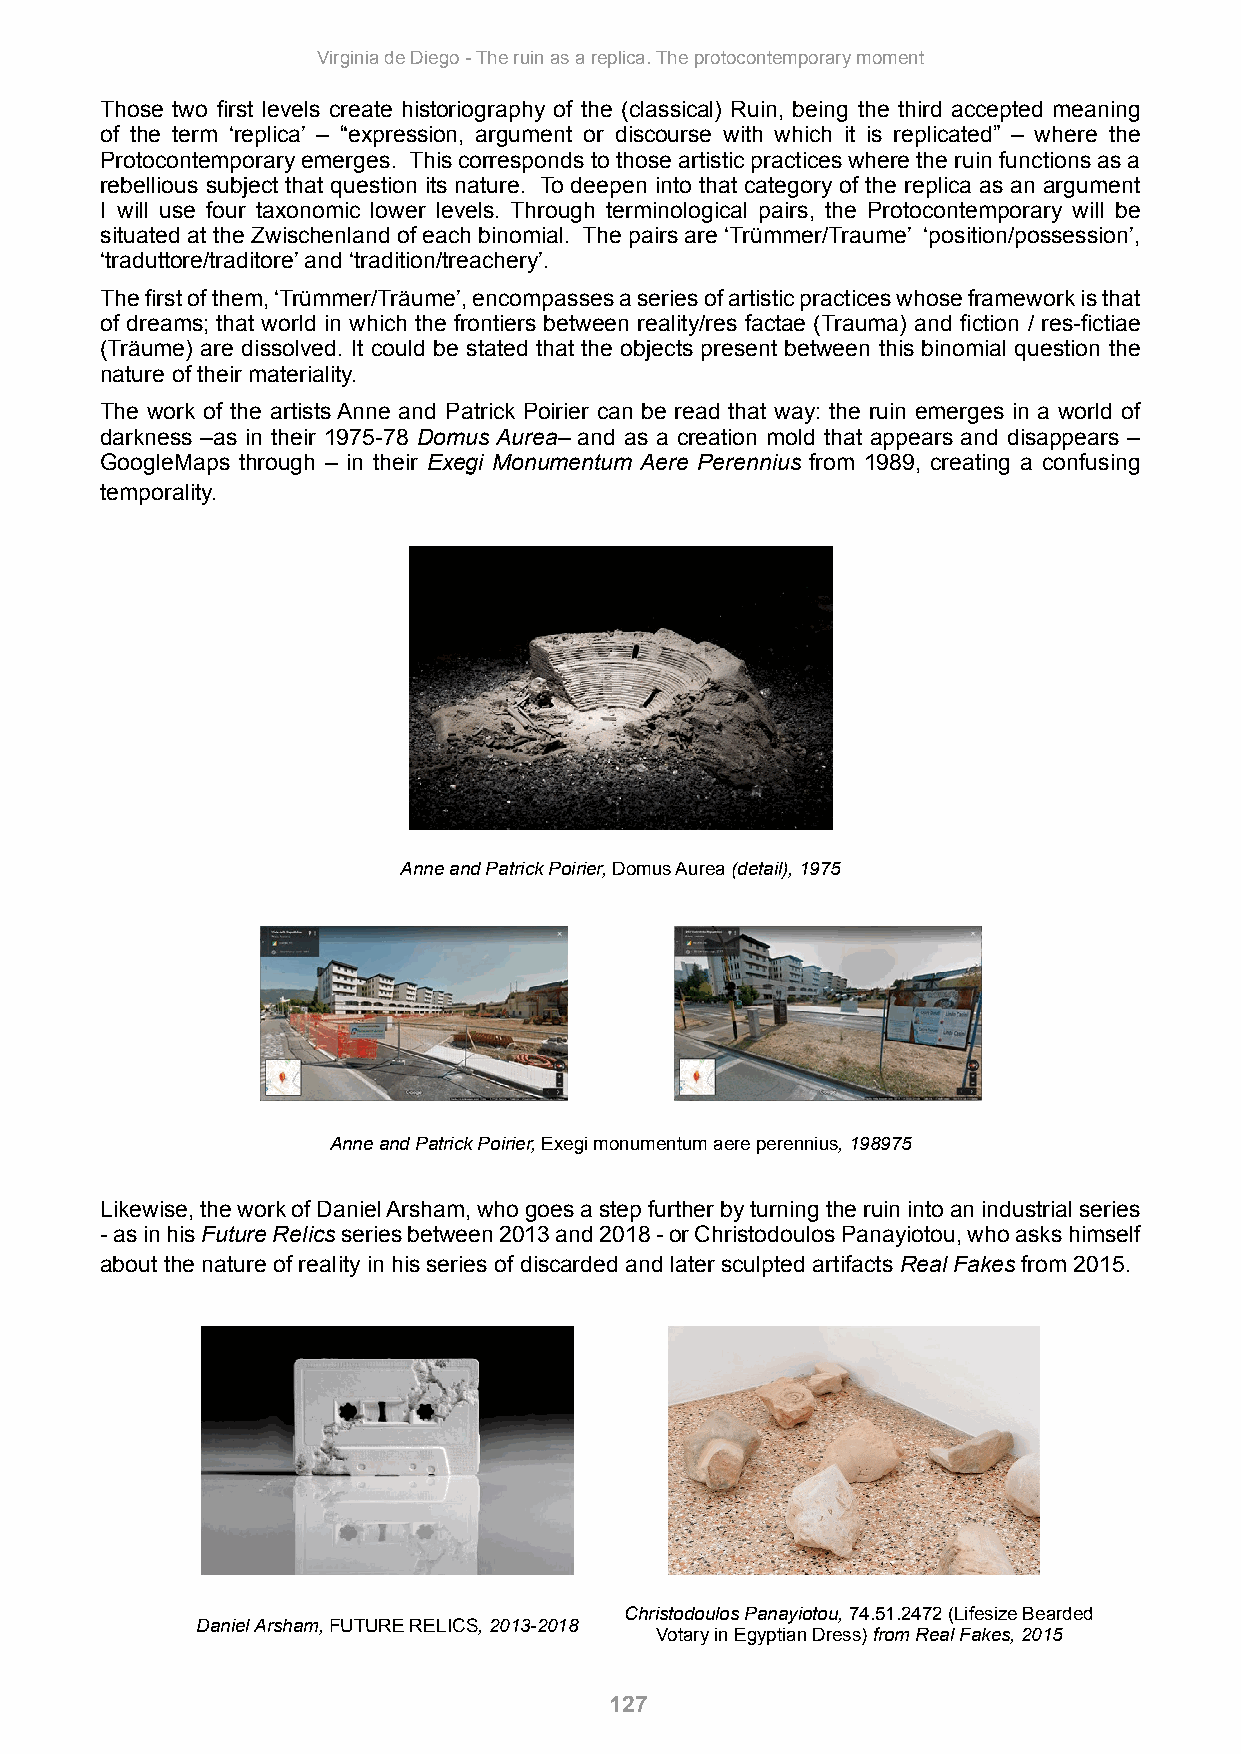
Virginia de Diego - The ruin as a replica. The protocontemporary moment
 Those two first levels create historiography of the (classical) Ruin, being the third accepted meaning
 of the term ‘replica’ – “expression, argument or discourse with which it is replicated” – where the
 Protocontemporary emerges. This corresponds to those artistic practices where the ruin functions as a
 rebellious subject that question its nature. To deepen into that category of the replica as an argument
 I will use four taxonomic lower levels. Through terminological pairs, the Protocontemporary will be
 situated at the Zwischenland of each binomial. The pairs are ‘Trümmer/Traume’ ‘position/possession’,
 ‘traduttore/traditore’ and ‘tradition/treachery’.
 The first of them, ‘Trümmer/Träume’, encompasses a series of artistic practices whose framework is that
 of dreams; that world in which the frontiers between reality/res factae (Trauma) and fiction / res-fictiae
 (Träume) are dissolved. It could be stated that the objects present between this binomial question the
 nature of their materiality.
 The work of the artists Anne and Patrick Poirier can be read that way: the ruin emerges in a world of
 darkness –as in their 1975-78 Domus Aurea– and as a creation mold that appears and disappears –
 GoogleMaps through – in their Exegi Monumentum Aere Perennius from 1989, creating a confusing
 temporality.
 Anne and Patrick Poirier, Domus Aurea (detail), 1975
 Anne and Patrick Poirier, Exegi monumentum aere perennius, 198975
 Likewise, the work of Daniel Arsham, who goes a step further by turning the ruin into an industrial series
 - as in his Future Relics series between 2013 and 2018 - or Christodoulos Panayiotou, who asks himself
 about the nature of reality in his series of discarded and later sculpted artifacts Real Fakes from 2015.
 Christodoulos Panayiotou, 74.51.2472 (Lifesize Bearded
 Daniel Arsham, FUTURE RELICS, 2013-2018
 Votary in Egyptian Dress) from Real Fakes, 2015
 127